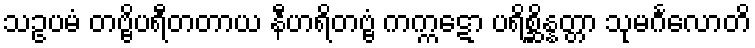
သဥပမံ တဗ္ဗိပရီတတာယ နီဟရိတဗ္ဗံ ကက္ကဋော ပရိစ္ဆိန္နတ္တာ သုမင်္ဂလောတိ